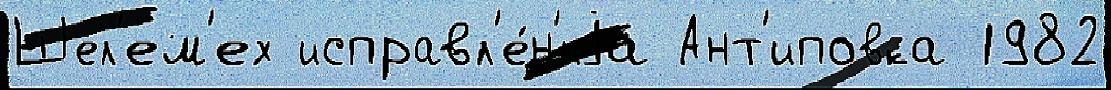
Шел'ем'ех исправл'е́н'иjа Ант'иповка 1982